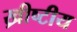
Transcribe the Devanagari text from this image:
ख्रीष्टीय